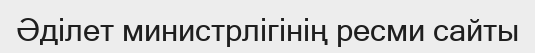
Әділет министрлігінің ресми сайты